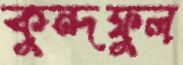
কুন্দফুল